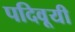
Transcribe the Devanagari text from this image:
पदिवूयी